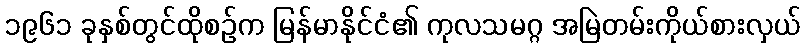
၁၉၆၁ ခုနှစ်တွင်ထိုစဉ်က မြန်မာနိုင်ငံ၏ ကုလသမဂ္ဂ အမြဲတမ်းကိုယ်စားလှယ်